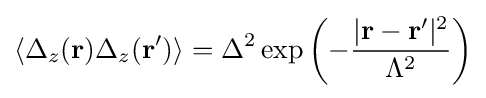
\langle \Delta _{z}(\mathbf {r} )\Delta _{z}(\mathbf {r'} )\rangle =\Delta ^{2}\exp \left(-{\frac {|\mathbf {r} -\mathbf {r'} |^{2}}{\Lambda ^{2}}}\right)